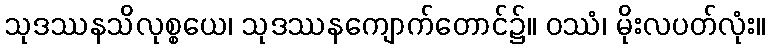
သုဒဿနသိလုစ္စယေ၊ သုဒဿနကျောက်တောင်၌။ ဝဿံ၊ မိုးလပတ်လုံး။